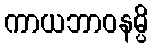
ကာယဘာဝနမ္ပိ